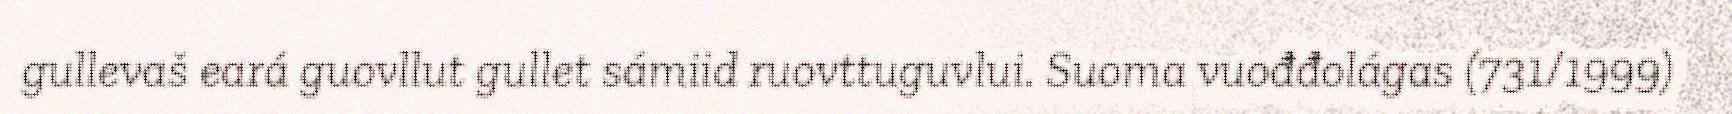
gullevaš eará guovllut gullet sámiid ruovttuguvlui. Suoma vuođđolágas (731/1999)